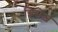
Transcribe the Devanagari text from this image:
ग्निसेज़